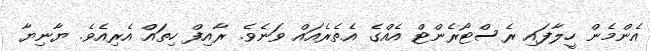
އެންމެން ހީލާފައި ރެސްޓޯރެންޓް އެއްގެ އެތެރެއައް ވަނެވެ. ރާއިފް ހިތައް އެރިއެވެ. ޔާނިޔާ